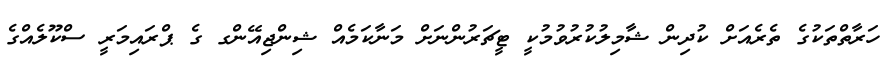
ހަރާތްތަކުގެ ތެރެއަށް ކުދިން ޝާމިލުކުރުވުމުކީ ޓީޗަރުންނަށް މަނާކަމެއް ޝިންޖިއޭންގ ގެ ޕްރައިމަރީ ސްކޫލެއްގެ